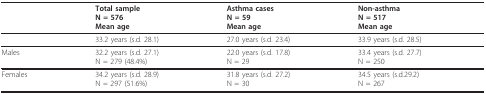
<table><thead><tr><td></td><td><b>Total sampleN = 576Mean age</b></td><td><b>Asthma casesN = 59Mean age</b></td><td><b>Non-asthmaN = 517Mean age</b></td></tr></thead><tbody><tr><td></td><td>33.2 years (s.d. 28.1)</td><td>27.0 years (s.d. 23.4)</td><td>33.9 years (s.d. 28.5)</td></tr><tr><td>Males</td><td>32.2 years (s.d. 27.1)N = 279 (48.4%)</td><td>22.0 years (s.d. 17.8)N = 29</td><td>33.4 years (s.d. 27.7)N = 250</td></tr><tr><td>Females</td><td>34.2 years (s.d. 28.9)N = 297 (51.6%)</td><td>31.8 years (s.d. 27.2)N = 30</td><td>34.5 years (s.d.29.2)N = 267</td></tr></tbody></table>